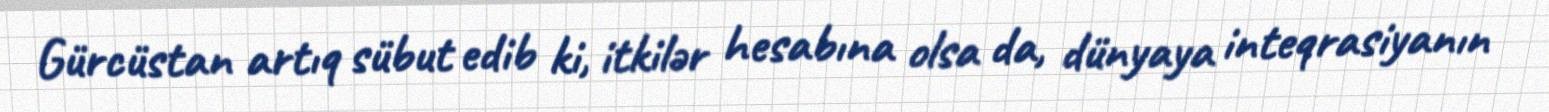
Gürcüstan artıq sübut edib ki, itkilər hesabına olsa da, dünyaya inteqrasiyanın